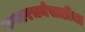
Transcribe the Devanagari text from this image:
कथारचनेसाठीचा